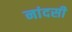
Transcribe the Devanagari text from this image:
नांदसी